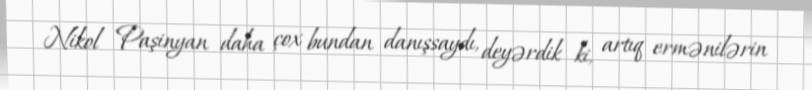
Nikol Paşinyan daha çox bundan danışsaydı, deyərdik ki, artıq ermənilərin